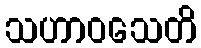
သဟာဝသေတိ